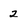
Character: 2